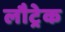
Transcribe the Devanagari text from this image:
लौट्रेक